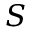
S